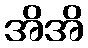
အိအိ